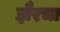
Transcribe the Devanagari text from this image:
झैरचा